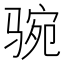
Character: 𩧻